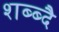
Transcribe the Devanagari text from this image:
शब्ब्दै